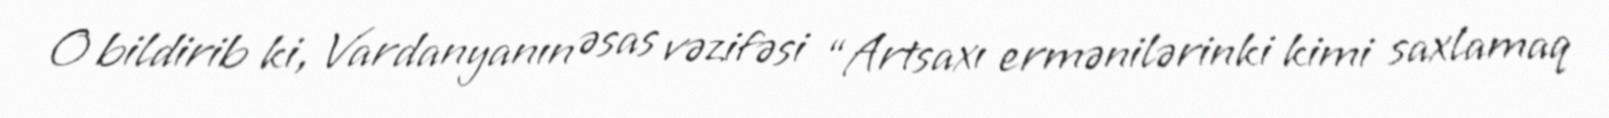
O bildirib ki, Vardanyanın əsas vəzifəsi “Artsaxı ermənilərinki kimi saxlamaq